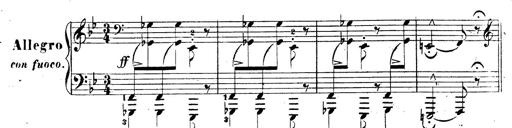
Title: 3 Caprices-Valses
Composer: Franz Liszt